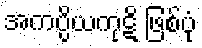
အကပ္ပိယကုဋိ ဖြစ်ပုံ